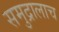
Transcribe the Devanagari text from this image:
समुद्रालाच